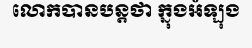
លោកបានបន្តថា ក្នុងអំឡុង